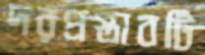
দরপ্রস্তাবটি